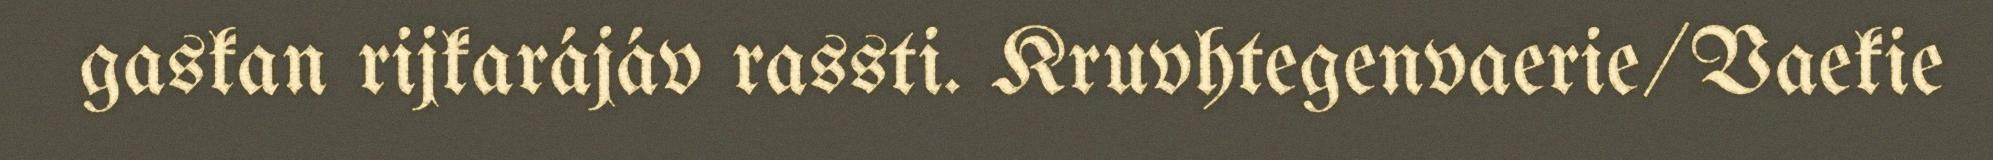
gaskan rijkarájáv rassti. Kruvhtegenvaerie/Vaekie